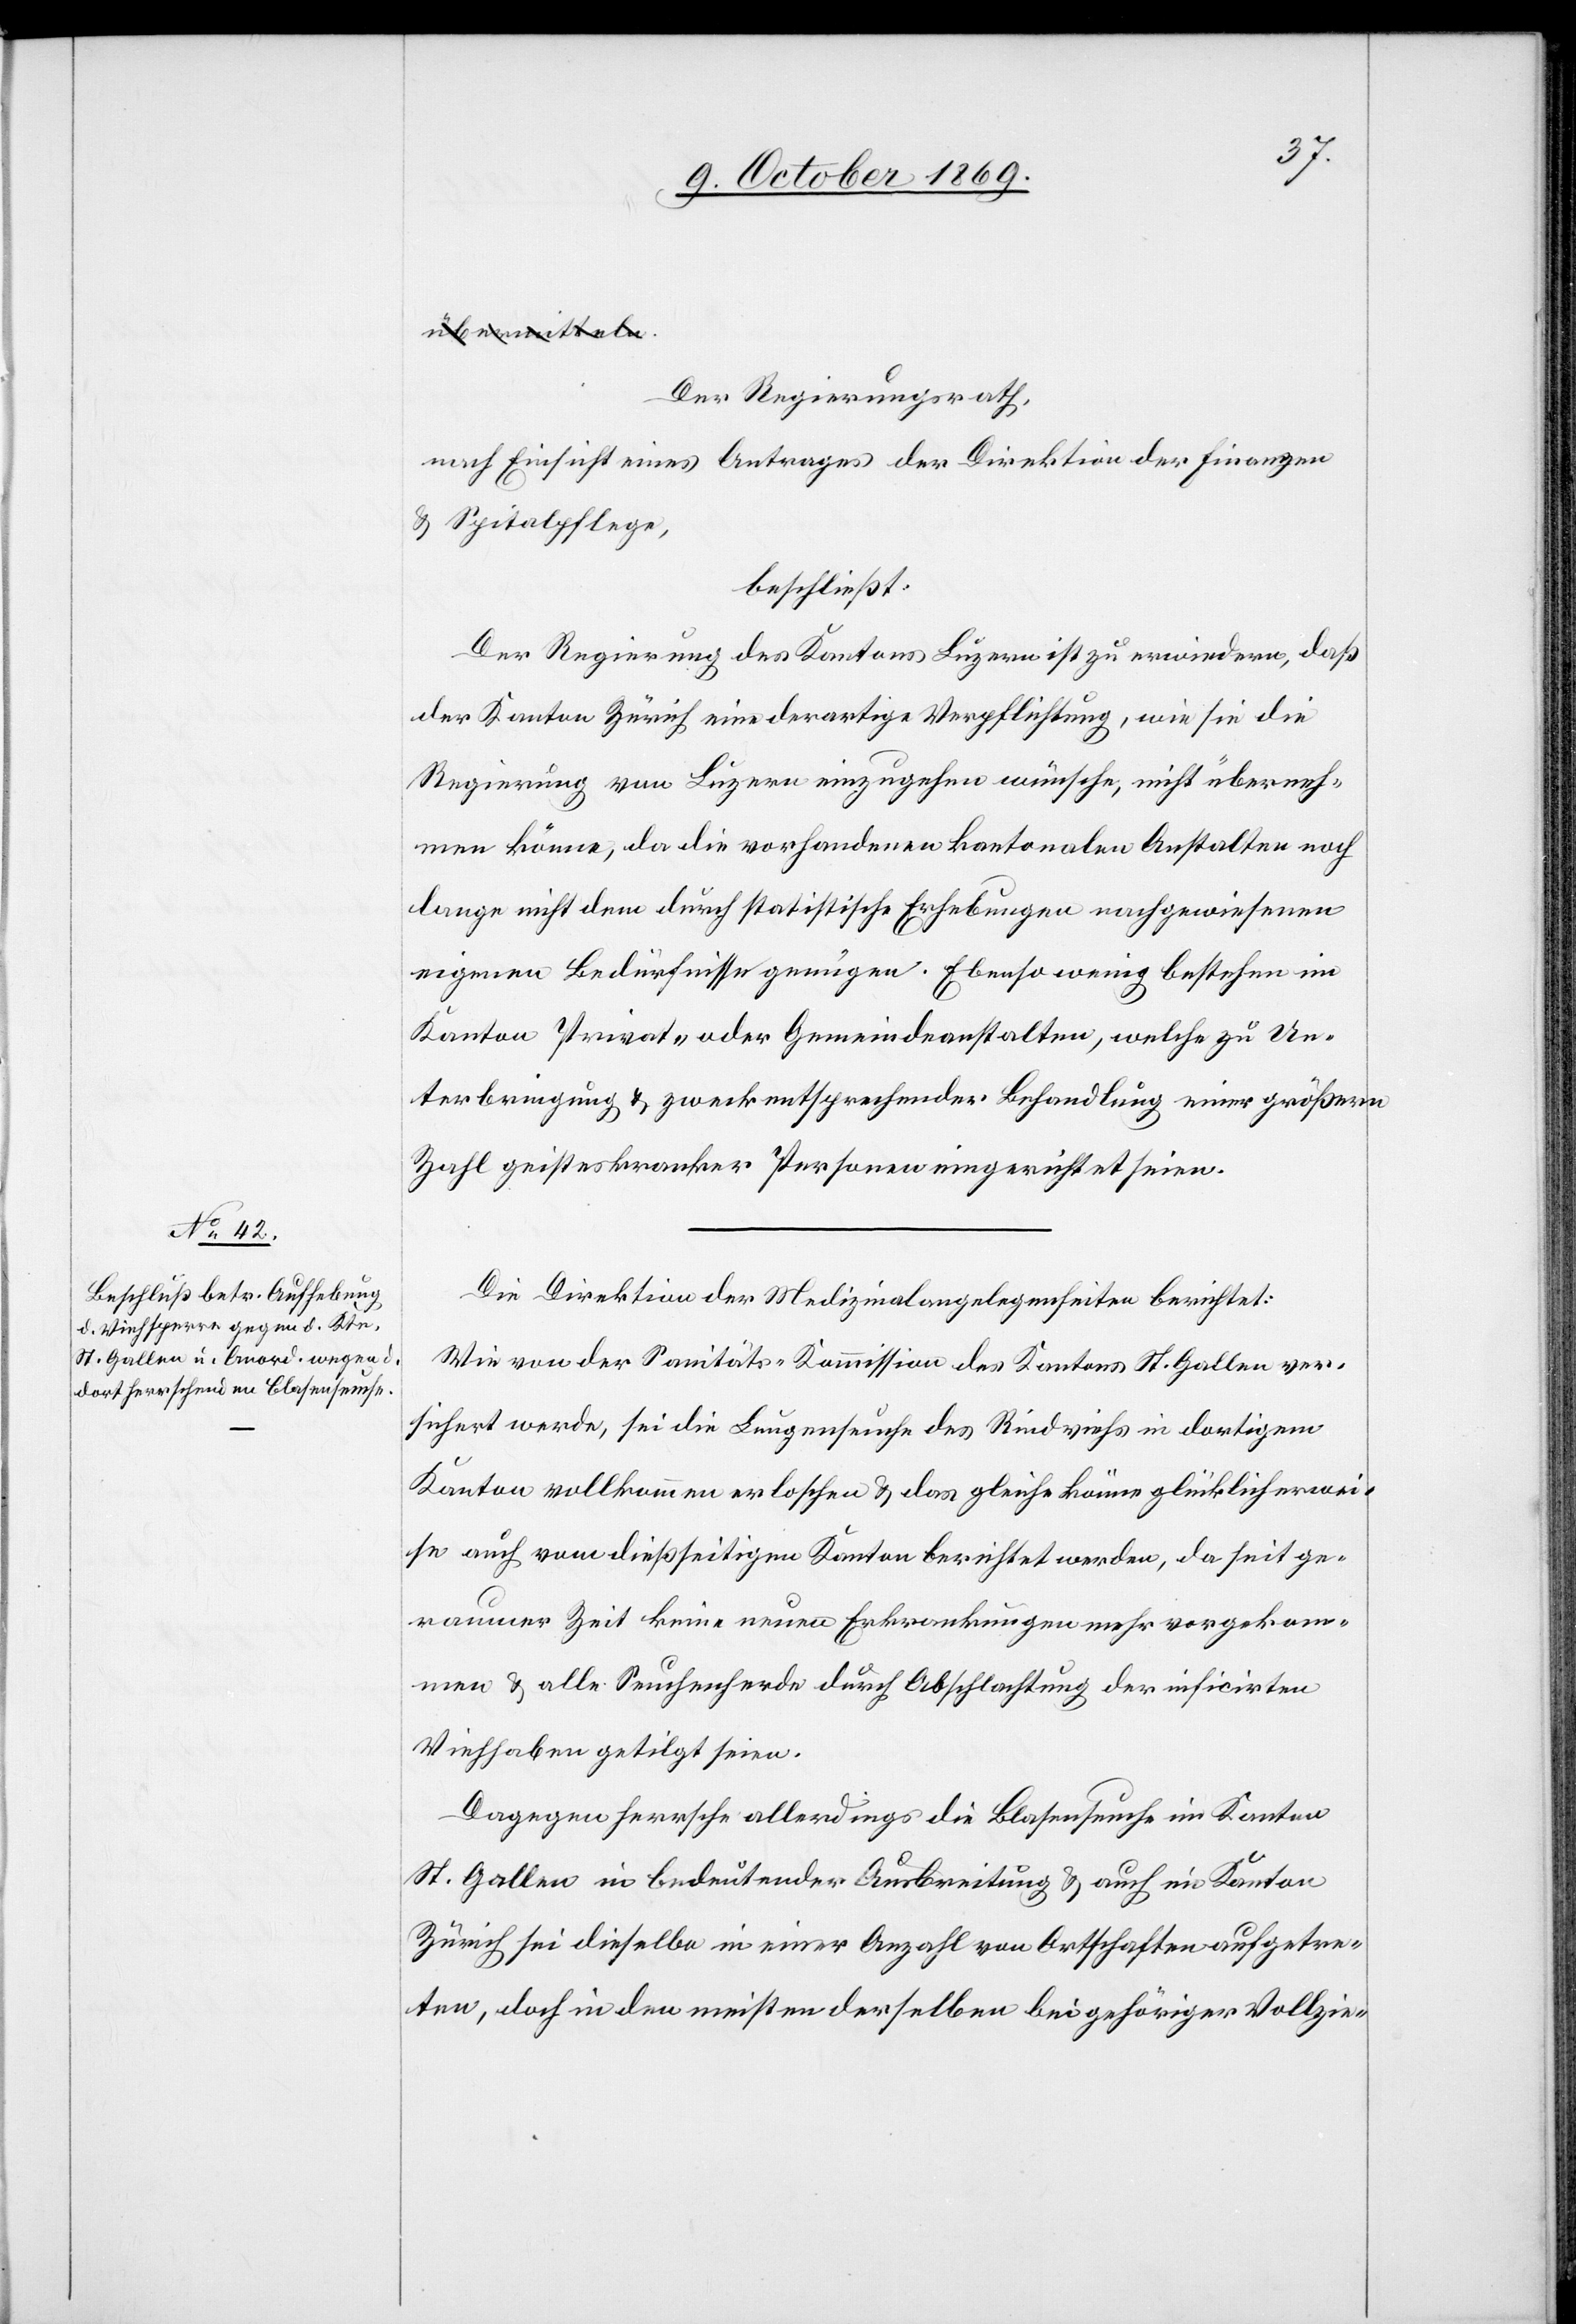
Der Regierungsrath,
nach Einsicht eines Antrages der Direktion der Finanzen
& Spitalpflege,
beschließt:
Der Regierung des Kantons Luzern ist zu erwiedern, daß
der Kanton Zürich eine derartige Verpflichtung, wie sie die
Regierung von Luzern einzugehen wünsche, nicht überneh¬
men könne, da die vorhandenen kantonalen Anstalten noch
lange nicht dem durch statistische Erhebungen nachgewiesenen
eigenen Bedürfnisse genügen. Ebenso wenig bestehen im
Kanton Privat- oder Gemeindeanstalten, welche zu Un¬
terbringung & zweckentsprechender Behandlung einer größern
Zahl geisteskranker Personen eingerichtet seien.
Die Direktion der Medizinalangelegenheiten berichtet:
Wie von der Sanitäts-Kommission des Kantons St. Gallen ver¬
sichert werde, sei die Lungenseuche des Rindviehs in dortigem
Kanton vollkommen erloschen & das gleiche könne glücklicherwei¬
se auch vom dießseitigen Kanton berichtet werden, da seit ge¬
raumer Zeit keine neuen Erkrankungen mehr vorgekom¬
men & alle Seuchenherde durch Abschlachtung der inficirten
Viehhaben getilgt seien.
Dagegen herrsche allerdings die Blasenseuche im Kanton
St. Gallen in bedeutender Ausbreitung & auch im Kanton
Zürich sei dieselbe in einer Anzahl von Ortschaften aufgetre¬
ten, doch in den meisten derselben bei gehöriger Vollzie-